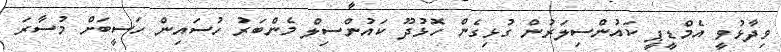
ވިދާޅުވީ އެމްޑީޕީ ކައުންސިލަރުން ގުޅިގެން ހޮޅުދޫ ކައުންސިލް މެންބަރު ހުސައިން ހަސީބަށް މުސާރަ